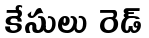
కేసులు రెడ్